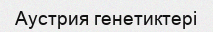
Аустрия генетиктері